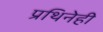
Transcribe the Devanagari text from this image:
प्रथिनेही